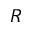
R